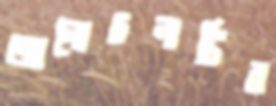
আলোচনাটির